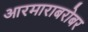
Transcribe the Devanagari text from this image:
आरमाराबरोबर